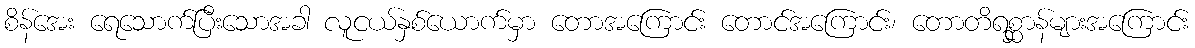
စိန်အေး ရေသောက်ပြီးသောအခါ လူငယ်နှစ်ယောက်မှာ တောအကြောင်း တောင်အကြောင်း၊ တောတိရစ္ဆာန်များအကြောင်း